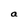
Character: a